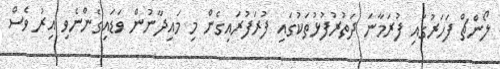
ލޯންޗް ފަހަރުގައި ފުރަމާނަ ދަތުރުފުޅުތަކުގައި ފުރަފުރައިގެން މި މައިދާނުން ވަޑައިގެންނެވި އިރު ވެސް